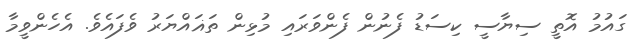
ގައުމު އޮތީ ސިޔާސީ ކިސަޑު ފެނުން ފެންވަރައި މުޅިން ތަޣައްޔަރު ވެފައެވެ. އެހެންވީމާ